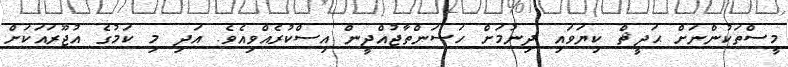
މީސްތަކުންނަށް ޙަދީޘް ކިޔަވައި ދިނުމަށް ހަސަންތާޖުއްދީން އިސްކުރެއްވިއެވެ. އަދި މި ކަމުގެ އުޖޫރައަކަށް